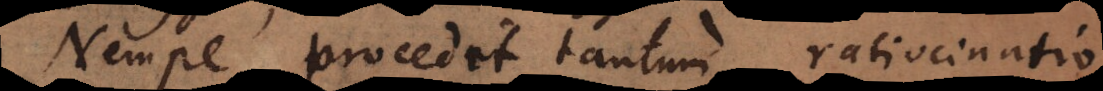
Nempe procedit tantum ratiocinatio,